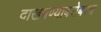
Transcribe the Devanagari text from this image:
दाखवण्याबरोबरच